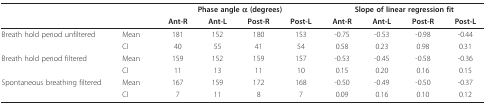
|  |  | <COLSPAN=4> Phase angle α (degrees) | <COLSPAN=4> Slope of linear regression fit |
 |  |  | Ant-R | Ant-L | Post-R | Post-L | Ant-R | Ant-L | Post-R | Post-L |
 | --- | --- | --- | --- | --- | --- | --- | --- | --- | --- |
 | Breath hold period unfiltered | Mean | 181 | 152 | 180 | 153 | -0.75 | -0.53 | -0.98 | -0.44 |
 |  | CI | 40 | 55 | 41 | 54 | 0.58 | 0.23 | 0.98 | 0.31 |
 | Breath hold period filtered | Mean | 159 | 152 | 159 | 157 | -0.53 | -0.45 | -0.58 | -0.36 |
 |  | CI | 11 | 13 | 11 | 10 | 0.15 | 0.20 | 0.16 | 0.15 |
 | Spontaneous breathing filtered | Mean | 167 | 159 | 172 | 168 | -0.50 | -0.49 | -0.50 | -0.37 |
 |  | CI | 7 | 11 | 8 | 7 | 0.09 | 0.16 | 0.10 | 0.12 |